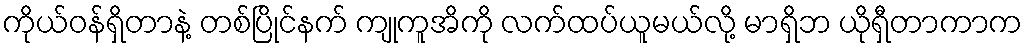
ကိုယ်ဝန်ရှိတာနဲ့ တစ်ပြိုင်နက် ကျုကူအိကို လက်ထပ်ယူမယ်လို့ မာရှိဘ ယိုရှီတာကာက